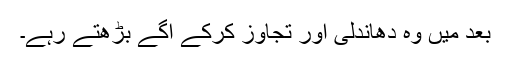
بعد میں وہ دھاندلی اور تجاوز کرکے آگے بڑھتے رہے۔